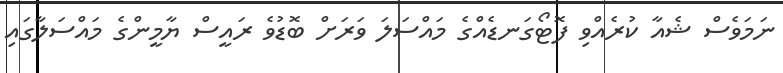
ނަމަވެސް ޝެއާ ކުރެއްވި ފޮޓޯގަނޑެއްގެ މައްސަލަ ވަރަށް ބޮޑުވެ ރައީސް ޔާމީންގެ މައްސަލާގައި